Report of the Indian Hemp Drugs Commission, 1894-1895 - Volume I
Year: 1894
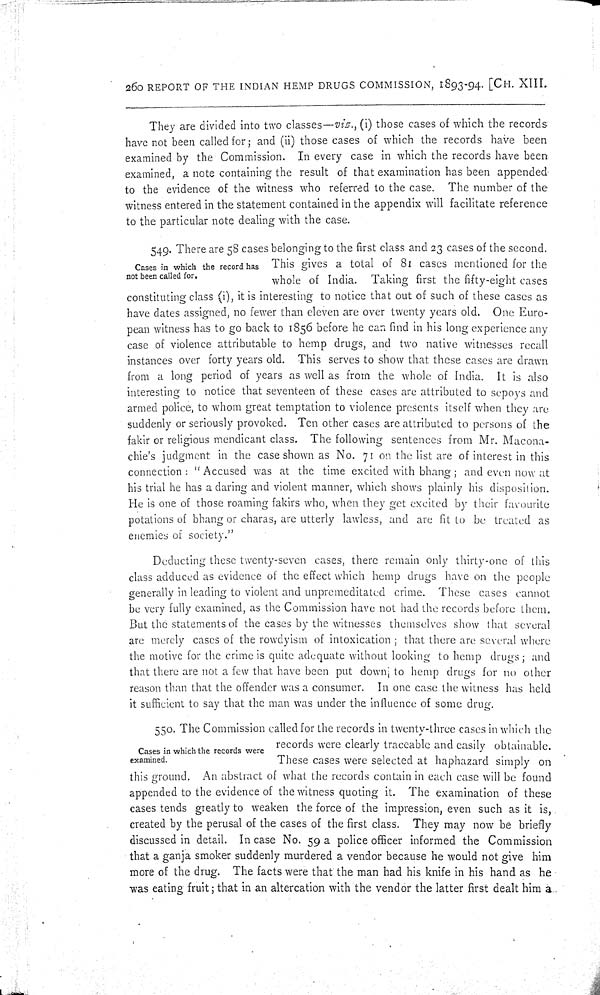
260 REPORT OF THE INDIAN HEMP DRUGS COMMISSION, 1893-94. [CH. XIII.
They are divided into two classes—viz., (i) those cases of which the records
have not been called for; and (ii) those cases of which the records have been
examined by the Commission. In every case in which the records have been
examined, a note containing the result of that examination has been appended
to the evidence of the witness who referred to the case. The number of the
witness entered in the statement contained in the appendix will facilitate reference
to the particular note dealing with the case.
Cases in which the record has
not been called for.
549. There are 58 cases belonging to the first class and 23 cases of the second.
This gives a total of 81 cases mentioned for the
whole of India. Taking first the fifty-eight cases
constituting class (i), it is interesting to notice that out of such of these cases as
have dates assigned, no fewer than eleven are over twenty years old. One Euro-
pean witness has to go back to 1856 before he can find in his long experience any
case of violence attributable to hemp drugs, and two native witnesses recall
instances over forty years old. This serves to show that these cases are drawn
from a long period of years as well as from the whole of India. It is also
interesting to notice that seventeen of these cases are attributed to sepoys and
armed police, to whom great temptation to violence presents itself when they are
suddenly or seriously provoked. Ten other cases are attributed to persons of the
fakir or religious mendicant class. The following sentences from Mr. Macona-
chie's judgment in the case shown as No. 71 on the list are of interest in this
connection: "Accused was at the time excited with bhang; and even now at
his trial he has a daring and violent manner, which shows plainly his disposition.
He is one of those roaming fakirs who, when they get excited by their favourite
potations of bhang or charas, are utterly lawless, and are fit to be treated as
enemies of society."
Deducting these twenty-seven cases, there remain only thirty-one of this
class adduced as evidence of the effect which hemp drugs have on the people
generally in leading to violent and unpremeditated crime. These cases cannot
be very fully examined, as the Commission have not had the records before them.
But the statements of the cases by the witnesses themselves show that several
are merely cases of the rowdyism of intoxication; that there are several where
the motive for the crime is quite adequate without looking to hemp drugs; and
that there are not a few that have been put down to hemp drugs for no other
reason than that the offender was a consumer. In one case the witness has held
it sufficient to say that the man was under the influence of some drug.
Cases in which the records were
examined.
550. The Commission called for the records in twenty-three cases in which the
records were clearly traceable and easily obtainable.
These cases were selected at haphazard simply on
this ground. An abstract of what the records contain in each case will be found
appended to the evidence of the witness quoting it. The examination of these
cases tends greatly to weaken the force of the impression, even such as it is,
created by the perusal of the cases of the first class. They may now be briefly
discussed in detail. In case No. 59 a police officer informed the Commission
that a ganja smoker suddenly murdered a vendor because he would not give him
more of the drug. The facts were that the man had his knife in his hand as he
was eating fruit; that in an altercation with the vendor the latter first dealt him a